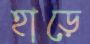
হাড়ে